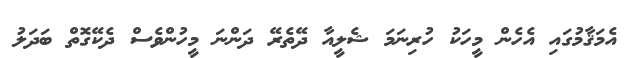
އެމަޤާމުގައި އެހެން މީހަކު ހުރިނަމަ ޝެލީއާ ދޭތެރޭ ދަންނަ މީހުންވެސް ދެކޭގޮތް ބަދަލު